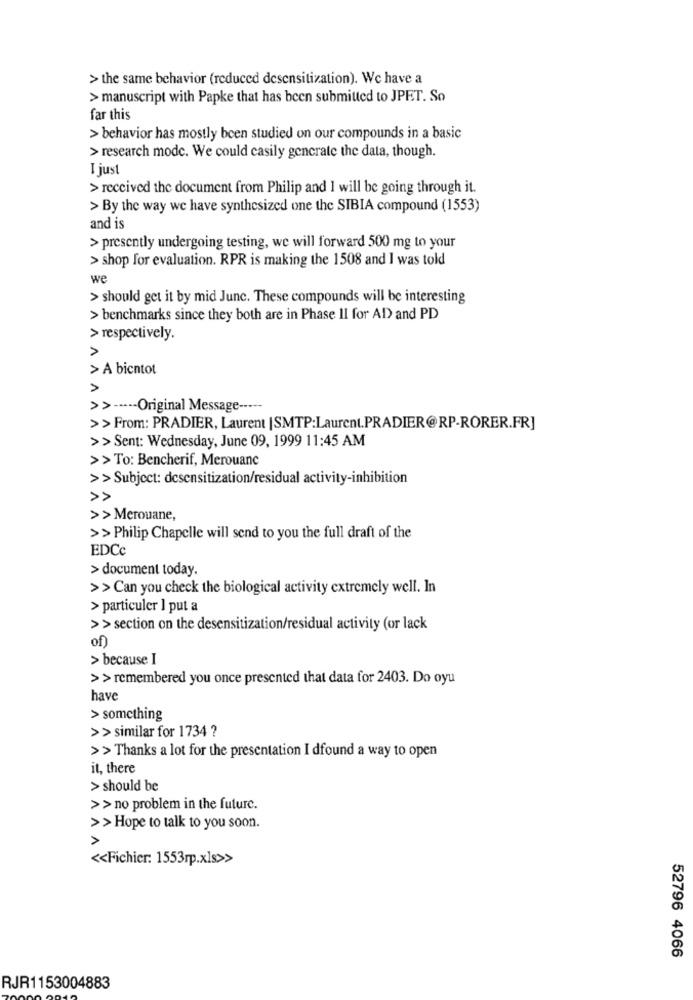
> the same behavior (reduced desensitization). We have a
> manuscript with Papke that has been submitted to JPET. So
far this
> behavior has mostly been studied on our compounds in a basic
> research mode. We could easily generate the data, though.
I just
> received the document from Philip and I will be going through it.
> By the way we have synthesized one the SIBIA compound (1553)
and is
> presently undergoing testing, we will forward 500 mg to your
> shop for evaluation. RPR is making the 1508 and I was told
we
> should get it by mid June. These compounds will be interesting
> benchmarks since they both are in Phase II for AD and PD
> respectively.
A
> A bientot
> > ----- Original Message -----
>> From: PRADIER, Laurent |SMTP:Laurent.PRADIER@RP-RORER.FR]
>> Sent: Wednesday, June 09, 1999 11:45 AM
>> To: Bencherif, Merouane
>> Subject: desensitization/residual activity-inhibition
>> Merouane,
>> Philip Chapelle will send to you the full draft of the
EDC
> document today.
>> Can you check the biological activity extremely well. In
> particuler I put a
>> section on the desensitization/residual activity (or lack
of)
> because I
>> remembered you once presented that data for 2403. Do oyu
have
> something
>> similar for 1734 ?
>> Thanks a lot for the presentation I dfound a way to open
it, there
> should be
>> no problem in the future.
>> Hope to talk to you soon.
<< Fichier: 1553rp.xls>>
52796 4066
RJR1153004883